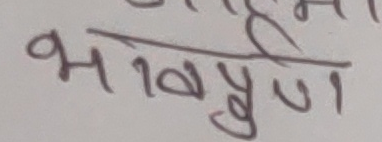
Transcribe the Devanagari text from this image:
भावपूर्ण